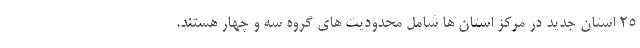
۲۵ استان جدید در مرکز استان ها شامل محدودیت های گروه سه و چهار هستند.